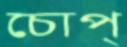
চোপ্‌